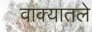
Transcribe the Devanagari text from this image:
वाक्यातले